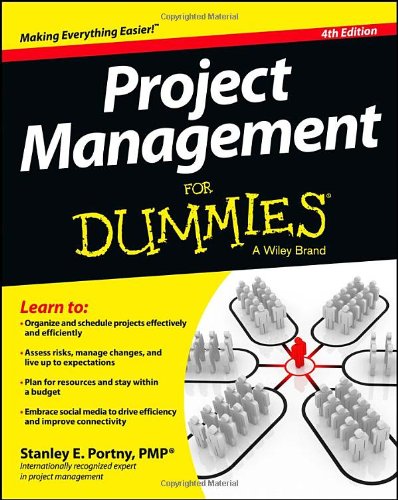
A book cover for Project Management For Dummies; Stanley E. Portny; Business & Money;